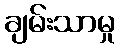
ချမ်းသာမှု